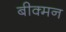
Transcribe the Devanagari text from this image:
बीक्मन